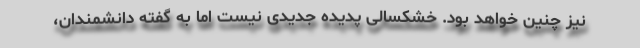
نیز چنین خواهد بود. خشکسالی پدیده جدیدی نیست اما به گفته دانشمندان،